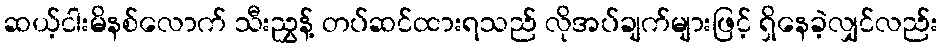
ဆယ့်ငါးမိနစ်လောက် သီးညွှန့် တပ်ဆင်ထားရသည် လိုအပ်ချက်များဖြင့် ရှိနေခဲ့လျှင်လည်း